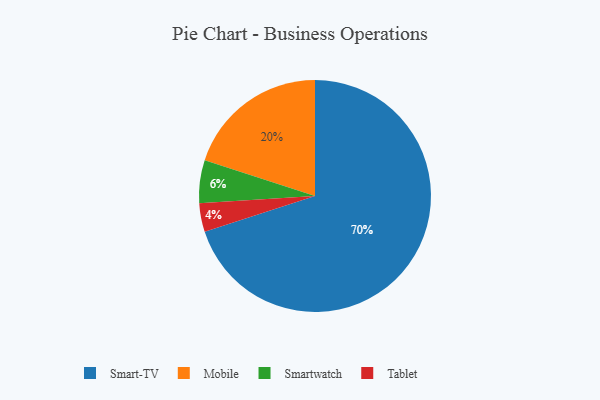
{"axis": {"x": "Category", "y": "Percentage"}, "legend": ["Mobile", "Smart-TV", "Smartwatch", "Tablet"], "data": [{"x": "Tablet", "y": 4, "type": "Tablet"}, {"x": "Smart-TV", "y": 70, "type": "Smart-TV"}, {"x": "Mobile", "y": 20, "type": "Mobile"}, {"x": "Smartwatch", "y": 6, "type": "Smartwatch"}]}